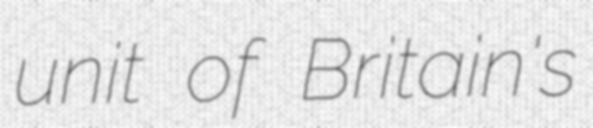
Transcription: unit of Britain's